Vital statistics of India. Vol. IV, Annual returns from 1871 to 1876. British Army of India, Native Army and jails of Bengal
Year: 1871
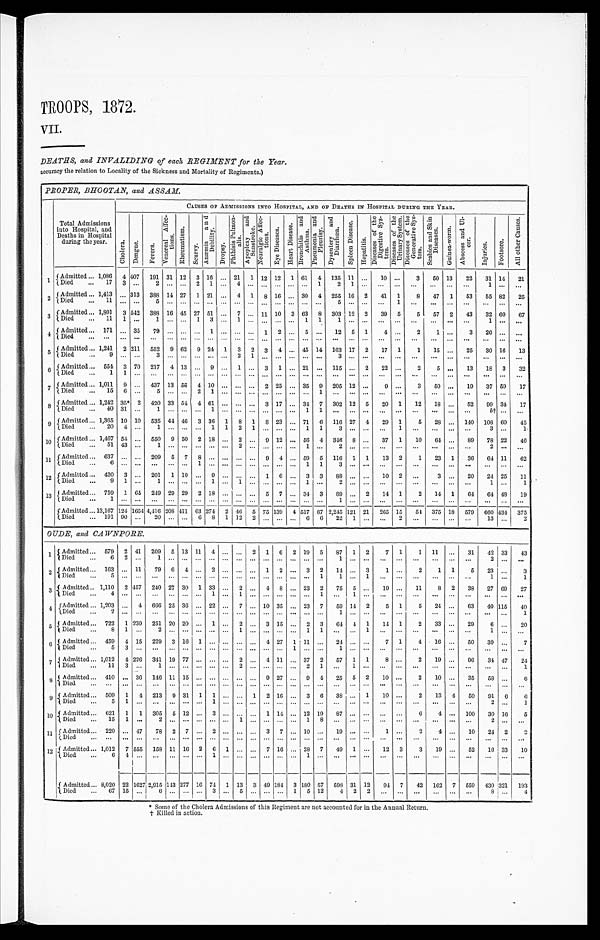
TROOPS, 1872.
VII.
DEATHS, and INVALIDING of each REGIMENT for the Year.
accuracy the relation to Locality of the Sickness and Mortality of Regiments.)
PROPER, BHOOTAN, and ASSAM.
Total Admissions
into Hospital, and
Deaths in Hospital
during the year.
CAUSES OF ADMISSIONS INTO HOSPITAL, AND OF DEATHS IN HOSPITAL DURING THE YEAR.
C h o l e r a .
D e n g u e .
F e v e r s . V e n e r e a l A f f e c - t i o n s .
R h e u m a t i s m .
S c u r v y .
A n æ m i a a n d D e b i l i t y .
Dr ops y.
P h t h i s i s P u l m o n - a l i s .
A p p o p l e x y a n d S u n s t r o k e .
N e u r a l g i c A f f e c - t i o n s .
E y e D i s e a s e s .
H e a r t D i s e a s e .
B r o n c h i t i s a n d A s t h m a .
P n e u m o n i a a n d P l u r i s y .
D y s e n t e r y a n d D i a r r h œ a .
S p l e e n Di s e a s e .
H e p a t i t i s .
D i s e a s e s o f t h e D i g e s t i v e S y s - t e m .
D i s e a s e s o f t h e U r i n a r y S y s t e m .
D i s e a s e s o f t h e G e n e r a t i v e S y s - t e m .
S c a b i e s a n d S k i n D i s e a s e s .
G u i n e a - w o r m .
A b s c e s s a n d U l - c e r .
I n j u r i e s .
Foot s or e.
A l l o t h e r C a u s e s .
1
Admitted . . . 1,086
4 407
191 31 12
3 16 . . . 21
1 12 12
1 61
4
135 11
. . .
10 . . .
3
50 13
22
31 14
21
Died . . .
17
3
. . .
2
. . .
. . . 2
1 . . .
4
. . .
. . .
. . .
. . .. . .
1
2
1
. . .
. . .
. . .
. . .
. . .
. . .
. . .
1 . . .
. . .
2
Admitted . . . 1,413
. . . 313
388 14 27
1 21 . . .
4
1
8 16
. . . 30
4
255 16
2
41
1
8
47
1
53
55 82
25
Died . . .
11
. . .
. . .
5
. . .
. . .
. . .
. . .. . .
. . .
. . .
. . .
. . .
. . . . . .
. . .
5 . . .
. . .
. . .
1
. . .
. . .
. . .
. . .
. . .. . .
. . .
3
Admitted . . . 1,801
3 542
388 16 45 27 51 . . .
7
. . .
1 1 10
3 63
8
303 12
2
39
5
5
57
2
43
32 60
67
Died . . .
11
1
. . .
1
. . .
. . . 1
3 . . .
1
. . .
. . .
. . .
. . . 1
1
1 . . .
. . .
. . .
. . .
. . .
. . .
. . .
. . .
1 . . .
. . .
4 Admitted . . . 171
. . . 35
79
. . .
. . .
. . . 1 . . .
. . .
. . . 1
2
. . . 5
. . .
12
5
1
4
. . .
2
1
. . .
3
20 . . .
. . .
Died . . .
. . .
. . .
. . .
. . .
. . .
. . .
. . .
. . . . . .
. . .
. . .
. . . . . .
. . . . . .
. . .
. . . . . .
. . .
. . .
. . .
. . .
. . .
. . .
. . .
. . . . . .
. . .
5 Admitted . . . 1,241
2 211
552
9 62
9 24
1
3
2
3
4
. . . 45 14
163 17
2
17
1
1
15
. . .
25
30 16
13
Died . . .
9
. . .
. . .
3
. . .
. . .
. . .
. . .
. . .
2
1
. . .
. . .
. . .. . .
. . .
3 . . .
. . .
. . .
. . .
. . . . . .
. . .
. . .
. . . . . .
. . .
6
Admitted . . . 554 3 70
217
4 13
. . . 9 . . .
1
. . . 3
1
. . . 21
. . . 115 . . . 2
22
. . .
2
5
. . .
13
18
3
32
D i e d . . .
1
1
. . .
. . .
. . .
. . .
. . .
. . .. . .
. . .
. . .
. . .
. . .
. . .. . .
. . .
. . .. . .
. . .
. . .
. . .
. . .
. . .
. . .
. . .
. . . . . .
. . .
7
Admitted . . . 1,011
9
. . .
437 13 56
4 10 . . .
. . .
. . . 2 25
. . . 35
9
205 12
. . .
9
. . .
3
50
. . .
19
37 59
17
Died . . .
15
6
. . .
5
. . .
. . .
2
1 . . .
. . .
. . .
. . .
. . .
. . .. . .
1
. . .. . .
. . .
. . .
. . .
. . .
. . .
. . .
. . .
. . .. . .
. . .
8 Admitted . . . 1,242 35* 2
420 33 54 4 61 . . .
. . .
. . . 3 17
. . . 34
7
302 12
5
20
1
12
18
. . .
52
99 34
17
Died . . .
40 31
. . .
1
. . .
. . .
. . .
1 . . .
. . .
. . .
. . .
. . .
. . .1
1
. . .. . .
. . .
. . .
. . .
. . .
. . .
. . .
. . .
5† . . .
. . .
9 Admitted . . . 1,365 10 10
535 44 46
3 36
1
8
1
8 23
. . . 71
6
116 27
4
29
1
5
28
. . .
1 4 0 108 60
45
Died . . .
20
4
. . .
1
. . .
. . .
. . . 1
1
2
1
. . .
. . .
. . . 1
1
3 . . .
. . .
. . . 1
. . .
. . .
. . .
. . .
3 . . .
1
10
Admitted . . . 1,467 54
. . . 550
9 50
2 18 . . .
2
. . . 9 12
. . . 56
4
346
8
. . .
37
1
10
64
. . .
89
78 22
46
D i e d . . .
51 43
. . .
1
. . .
. . .
. . .
. . .. . .
2
. . .
. . .
. . .
. . .1
. . .
2 . . .
. . .
. . .
. . .
. . .
. . .
. . .
. . .
2 . . .
. . .
11
Admitted . . . 637
. . .
. . . 209
5
7
8
. . . . . .
. . .
. . . 9
4
. . . 59
5
116
1
1
13
2
1
23
1
36
64 11
62
D i e d . . .
6
. . .
. . .
. . .
. . .
. . .
1
. . .. . .
. . .
. . .
. . .
. . .
. . .1
1
3 . . .
. . .
. . .
. . .
. . .
. . .
. . .
. . .
. . . . . .
. . .
12
Admitted . . . 420
3
. . . 201
1 10
. . . 9 . . .
. . .
. . . 1
6
. . . 3
3
88 . . .
. . .
10
2
. . .
3
. . .
20
24 25
11
D i e d . . .
9
1
. . .
1
. . .
. . .
. . .
1 . . .
1
. . .
. . .
. . .
. . .
1
. . .
2 . . .
. . .
. . .
. . .
. . .
. . .
. . .
. . .
1 . . .
1
1 3 Admitted . . . 759
1 64 249 29 29
2 18 . . .
. . .
. . . 5
7
. . . 34
3
89 . . .
2
14
1
2
14
1
64
64 48
19
Died . . .
1
. . .
. . .
. . .
. . .
. . . . . .
. . . . . .
. . .
. . .
. . .
. . .
. . .
. . .
. . .
1 . . .
. . .
. . .
. . .
. . .
. . .
. . .
. . .
. . . . . .
. . .
Admitted . . . 13,167 124 1654 4,416 208 411 63 274 2 46
5 75 139
4 517 67 2,245 121 21
265 15
54 375 18
579
660 434
375
Died . . . 191 90
. . .
20
. . .
. . . 6
8
1 12
2
. . .
. . .
. . . 6
6
22
1
. . .
. . .
2
. . .
. . .
. . .
. . .
13 . . .
2
OUDE, and CAWNPORE.
1
Admitted . . . 579
2 41
209
5 13 11
4 . . .
. . . 2
1
6
2 19
5
87
1
2
7
1
1
11
. . .
31
42 33
43
Died
. . .
6
2 . . .
1
. . .
. . .
. . .
. . .. . .
. . .
. . .
. . .
. . .
. . .
. . .
. . .
1 . . .
. . .
. . .
. . .
. . .
. . .
. . .
. . .
2 . . .
. . .
2
Admitted . . . 163
. . . 11
79
6
4
. . .
2 . . .
. . .
. . . 1
2
. . . 3
2
14 . . .
3
1
. . .
2
1
1
5
23 . . .
3
D i e d . . .
5
. . .
. . .
. . .
. . .
. . .
. . .
. . .. . .
. . .
. . .
. . .
. . .
. . .
. . .
1
1 . . .
1
. . .
. . .
. . .
. . .
. . .. . .
1 . . .
1
3
Admitted . . . 1,110
2 457
240 27 30
1 33 . . .
2
. . .
4
8
. . . 23
2
75
5
. . .
19
. . .
11
8
2
38
27 69
27
D i e d . . .
4
. . .
. . .
. . .
. . .
. . .
. . .
1 . . .
1
. . .
. . .
. . .
. . .
. . .
1
. . . 1
. . .
. . .
. . .
. . .
. . .
. . .
. . .
. . .. . .
. . .
4
Admitted . . . 1,203
. . . 4
666 25 36
. . . 22 . . .
7
. . . 10 35
. . . 23
7
59 14
2
5
1
5
24
. . .
63
40 115
40
Died . . .
2
. . .
. . .
. . .
. . .
. . .
. . .
. . . . . .
. . .
. . .
. . .
. . .
. . .
. . .
. . .
1 . . .
. . .
. . .
. . .
. . .
. . .
. . .
. . .
. . . . . .
1
5
Admitted . . . 722
1 230
251 20 20
. . .
1 . . .
2
. . . 3 15
. . . 2
3
64 4
1
14
1
2
33
. . .
29
6 . . .
20
D i e d . . .
8
1
. . .
2
. . .
. . .
. . .
. . .. . .
1
. . .
. . .
. . .
. . .
1
1
. . . . . . 1
. . .
. . .
. . .
. . .
. . .
. . .
1 . . .
. . .
6
Admitted . . . 459
4 15
229
3 16
1
. . .
. . .
. . .
. . . 4 27
1 11
. . .
24 . . .
. . .
7
1
4
16
. . .
50
39 . . .
7
Di ed . . .
5
3
. . .
. . .
. . .
. . .
. . .
. . .. . .
. . .
. . .
. . .
. . .
1
. . .
. . .
1 . . .
. . .
. . .
. . .
. . .
. . .
. . .
. . .
. . . . . .
. . .
7
Admitted . . . 1,012
4 226
341 19 77
. . .
. . . . . .
2
. . . 4 11
. . . 37
2
57
1
1
8
. . .
2
19
. . .
96
34 47
24
Died . . .
11
3
. . .
1
. . .
. . .
. . .
. . . . . .
2
. . .
. . .
. . .
. . .
2
1
. . . 1
. . .
. . .
. . .
. . .
. . .
. . .
. . .
. . .
. . .
1
8
Admitted . . . 410
. . . 36
146 11 15
. . .
. . . . . .
. . .
. . . 9 27
. . . 9
4
25
5
2
10
. . .
2
10
. . .
35
58 . . .
6
Died . . .
. . .
. . .
. . .
. . .
. . .
. . .
. . .
. . . . . .
. . .
. . .
. . .
. . .
. . .
. . .
. . .
. . . . . .
. . .
. . .
. . .
. . .
. . .
. . .
. . .
. . . . . .
. . .
9
Admitted . . .
509
1
4
213
9 31
1
1 . . .
. . . 1
2 16
. . . 3
6
38 . . .
1
10
. . .
2
13
4
50
91
6
6
Di ed . . .
5
1
. . .
. . .
. . .
. . .
. . .
1 . . .
. . .
. . .
. . .
. . .
. . .
. . .
. . .
. . .. . .
. . .
. . .
. . .
. . .
. . .
. . .
. . .
2 . . .
1
10
Admitted . . .
621
1
1
305
5 12
. . .
3 . . .
. . .
. . . 1 14
. . . 12 19
87 . . .
. . .
. . .
. . .
6
4
. . . 100
30 16
5
Died . . .
15
1
. . .
2
. . .
. . .
. . .
. . .. . .
1
. . .
. . .
. . .
. . .
1
8
. . .. . .
. . .
. . .
. . .
. . .
. . .
. . .
. . .
2 . . .
. . .
11
Admitted . . .
220
. . . 47
78
2
7
. . .
2 . . .
. . .
. . . 3
7
. . . 10
. . .
19 . . .
. . .
1
. . .
2
4
. . .
10
24
2
2
D i e d . . .
. . .
. . .
. . .
. . .
. . .
. . .
. . .
. . .. . .
. . .
. . .
. . .
. . .
. . .
. . .
. . .
. . .. . .
. . .
. . .
. . .
. . .
. . .
. . .
. . .
. . .. . .
. . .
12
Admitted . . . 1,012
7 555
158 11 16
2
6
1
. . .
. . . 7 16
. . . 28
7
49
1
. . .
12
3
3
19
. . .
52
16 33
10
Di ed . . .
6
4
. . .
. . .
. . .
. . .
. . .
1
. . .
. . .
. . .
. . .
. . .
. . .
1
. . .
. . . . . .
. . .
. . .
. . .
. . .
. . .
. . .
. . .
. . . . . .
. . .
Admitted . . . 8,020 22 1627 2,915 143 277 16 74
1 13
3 49 184
3 180 57
598 31 12
94
7
42
162
7
559
430 321
193
D i e d . . .
6 7
1 5
. . .
6
. . .
. . .
. . .
3 . . .
5
. . .
. . .
. . .
1
5
1 2
4 2
2
. . .
. . .
. . .
. . .
. . .. . .
8 . . .
4
* S o m e o f t h e C h o l e r a A d m i s s i o n s o f t h i s R e g i m e n t a r e n o t a c c o u n t e d f o r i n t h e A n n u a l R e t u r n .
† K i l l e d i n a c t i o n .